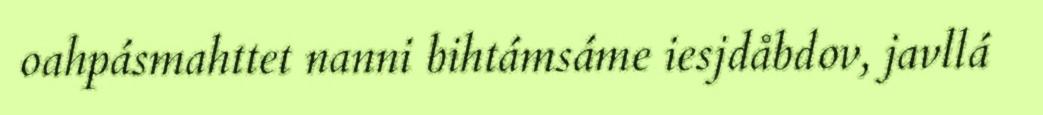
oahpásmahttet nanni bihtámsáme iesjdåbdov, javllá